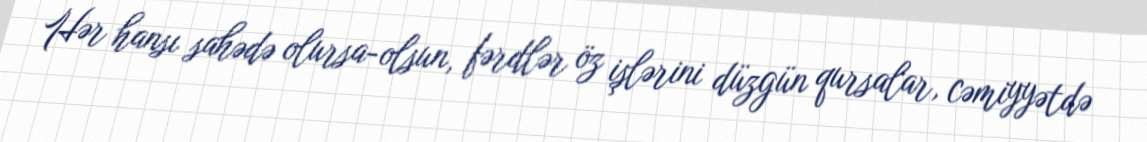
Hər hansı sahədə olursa-olsun, fərdlər öz işlərini düzgün qursalar, cəmiyyətdə